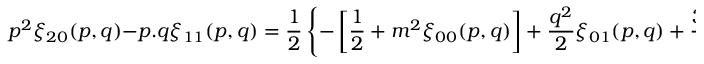
p ^ { 2 } \xi _ { 2 0 } ( p , q ) - p . q \xi _ { 1 1 } ( p , q ) = { \frac { 1 } { 2 } } \left\{ - \left[ { \frac { 1 } { 2 } } + m ^ { 2 } \xi _ { 0 0 } ( p , q ) \right] + { \frac { q ^ { 2 } } { 2 } } \xi _ { 0 1 } ( p , q ) + { \frac { 3 p ^ { 2 } } { 2 } } \xi _ { 1 0 } ( p , q ) \right\}